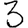
Digit: 3